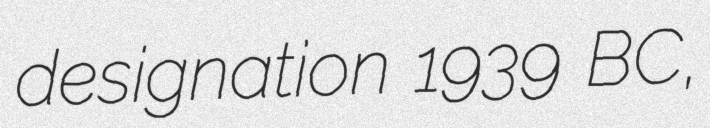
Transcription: designation 1939 BC,